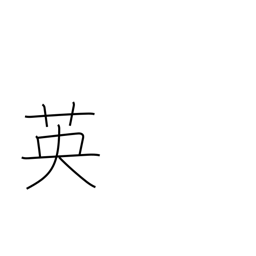
Meaning: England